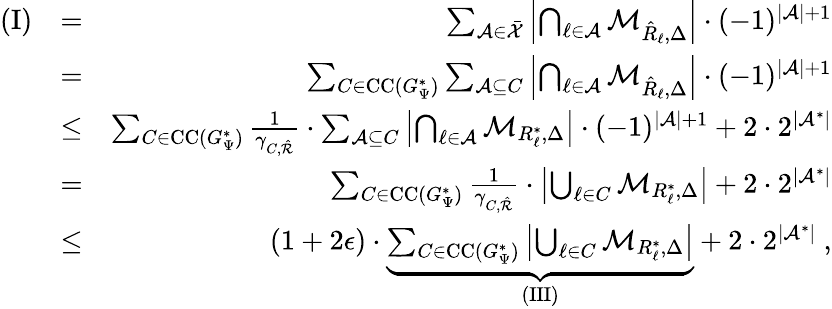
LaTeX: \begin{array}{rlr}{\mathrm{(I)}}&{=}&{\sum_{{\cal A}\in\bar{\cal X}}\left|\bigcap_{\ell\in{\cal A}}{\cal M}_{\hat{R}_{\ell},\Delta}\right|\cdot(-1)^{|{\cal A}|+1}}\\ &{=}&{\sum_{C\in\mathrm{CC}(G_{\Psi}^{*})}\sum_{{\cal A}\subseteq C}\left|\bigcap_{\ell\in{\cal A}}{\cal M}_{\hat{R}_{\ell},\Delta}\right|\cdot(-1)^{|{\cal A}|+1}}\\ &{\leq}&{\sum_{C\in\mathrm{CC}(G_{\Psi}^{*})}\frac{1}{\gamma_{C,\hat{\cal R}}}\cdot\sum_{{\cal A}\subseteq C}\left|\bigcap_{\ell\in{\cal A}}{\cal M}_{R_{\ell}^{*},\Delta}\right|\cdot(-1)^{|{\cal A}|+1}+2\cdot 2^{|{\cal A}^{*}|}}\\ &{=}&{\sum_{C\in\mathrm{CC}(G_{\Psi}^{*})}\frac{1}{\gamma_{C,\hat{\cal R}}}\cdot\left|\bigcup_{\ell\in C}{\cal M}_{R_{\ell}^{*},\Delta}\right|+2\cdot 2^{|{\cal A}^{*}|}}\\ &{\leq}&{(1+2\epsilon)\cdot\underbrace{\sum_{C\in\mathrm{CC}(G_{\Psi}^{*})}\left|\bigcup_{\ell\in C}{\cal M}_{R_{\ell}^{*},\Delta}\right|}_{\mathrm{(III)}}+2\cdot 2^{|{\cal A}^{*}|}\ ,}\end{array}